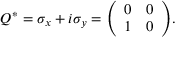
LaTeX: Q ^ { * } = \sigma _ { x } + i \sigma _ { y } = { \left( \begin{array} { l l } { 0 } & { 0 } \\ { 1 } & { 0 } \end{array} \right) } .